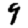
Digit: 9